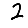
Digit: 2